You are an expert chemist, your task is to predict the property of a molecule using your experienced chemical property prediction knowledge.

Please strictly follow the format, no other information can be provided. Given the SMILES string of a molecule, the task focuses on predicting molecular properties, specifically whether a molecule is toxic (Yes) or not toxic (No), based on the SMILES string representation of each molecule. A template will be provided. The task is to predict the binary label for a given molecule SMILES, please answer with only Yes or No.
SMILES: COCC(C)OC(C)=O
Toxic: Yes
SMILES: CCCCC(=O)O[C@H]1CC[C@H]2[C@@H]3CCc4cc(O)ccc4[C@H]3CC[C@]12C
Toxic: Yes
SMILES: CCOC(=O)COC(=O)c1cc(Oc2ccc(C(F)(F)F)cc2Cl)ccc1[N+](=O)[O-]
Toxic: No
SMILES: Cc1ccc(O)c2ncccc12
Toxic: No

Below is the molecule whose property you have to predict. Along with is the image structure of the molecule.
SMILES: CCN(Cc1ccccc1)c1ccccc1
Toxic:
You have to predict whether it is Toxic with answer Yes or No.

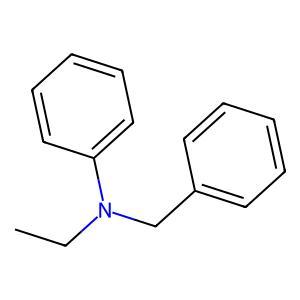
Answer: No